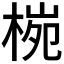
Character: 𪲤